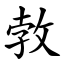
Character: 㪍